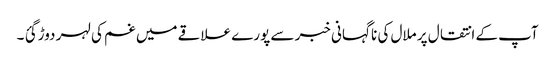
آپ کے انتقال پر ملال کی نا گہانی خبر سے پورے علاقے میں غم کی لہر دوڑ گئ ۔